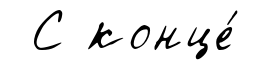
С конце́